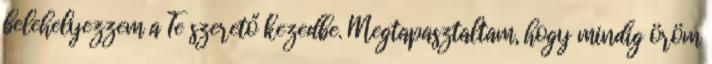
belehelyezzem a Te szerető kezedbe. Megtapasztaltam, hogy mindig öröm